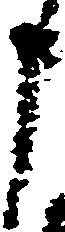
申